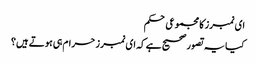
ای نمبرز کا مجموعی حکم
کیا یہ تصور صحیح ہے کہ ای نمبرز حرام ہی ہوتے ہیں؟